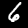
Digit: 6